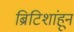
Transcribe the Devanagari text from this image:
ब्रिटिशांहून